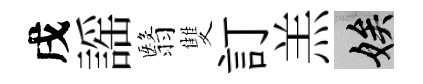
戌謡翳雙訂羔娭